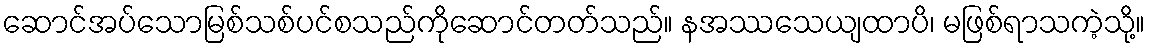
ဆောင်အပ်သောမြစ်သစ်ပင်စသည်ကိုဆောင်တတ်သည်။ နအဿသေယျထာပိ၊ မဖြစ်ရာသကဲ့သို့။